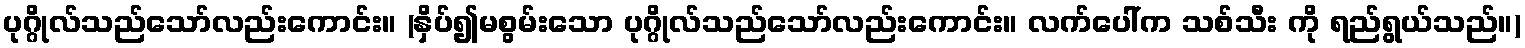
ပုဂ္ဂိုလ်သည်သော်လည်းကောင်း။ (နှိပ်၍မစွမ်းသော ပုဂ္ဂိုလ်သည်သော်လည်းကောင်း။ လက်ပေါ်က သစ်သီး ကို ရည်ရွယ်သည်။)